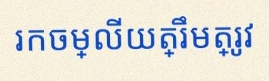
រកចម្លើយត្រឹមត្រូវ